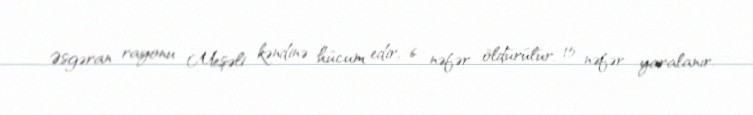
Əsgəran rayonu Meşəli kəndinə hücum edir, 6 nəfər öldürülür, 15 nəfər yaralanır.